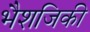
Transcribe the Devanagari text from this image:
भैशजिकी